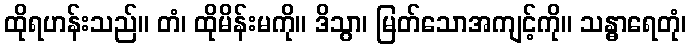
ထိုရဟန်းသည်။ တံ၊ ထိုမိန်းမကို။ ဒိသွာ၊ မြတ်သောအကျင့်ကို။ သန္ဓာရေတုံ၊